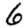
Digit: 6